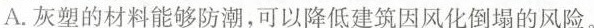
A.灰塑的材料能够防潮，可以降低建筑因风化倒塌的风险。